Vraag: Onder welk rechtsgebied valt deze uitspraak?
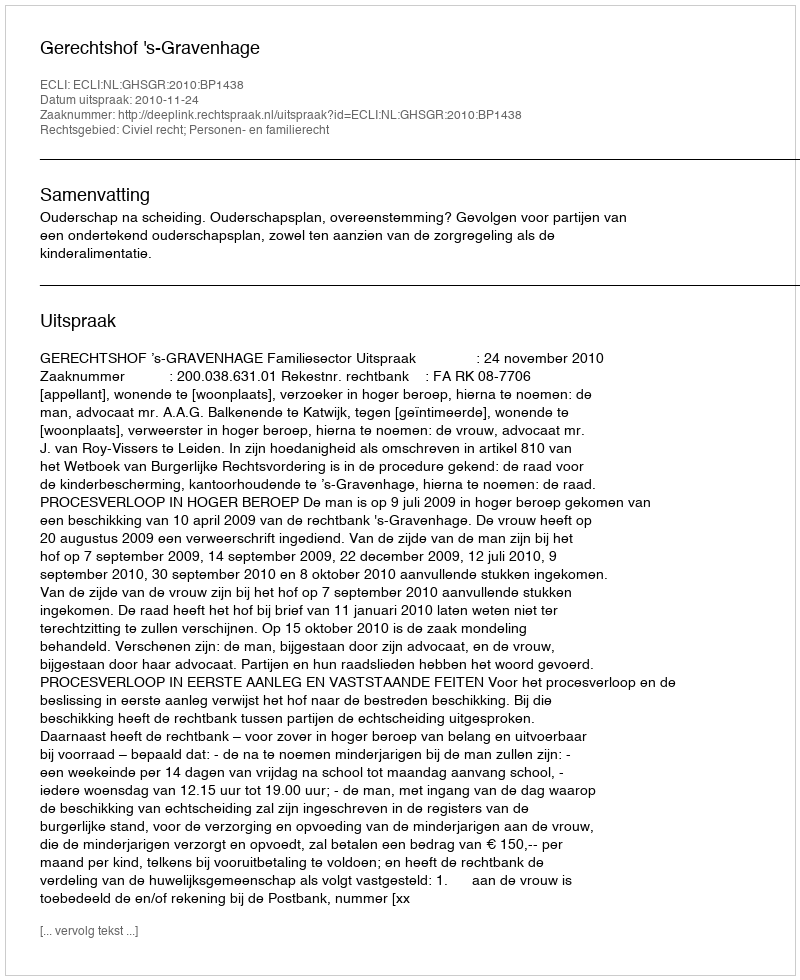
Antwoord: Civiel recht; Personen- en familierecht